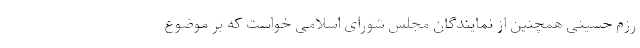
رزم حسینی همچنین از نمایندگان مجلس شورای اسلامی خواست که بر موضوع